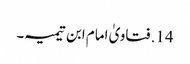
14. فتاویٰ امام ابن تیمیہ۔